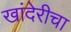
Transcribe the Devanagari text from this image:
खांदेरीचा